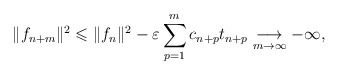
\begin{align*}\lVert f_{n+m} \rVert ^2 &\leqslant \lVert f_{n} \rVert ^2 - \varepsilon\sum\limits_{p=1}^{m}c_{n+p}t_{n+p} \underset{m \to \infty}{\longrightarrow} -\infty{,}\end{align*}